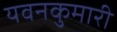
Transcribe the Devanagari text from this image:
यवनकुमारी